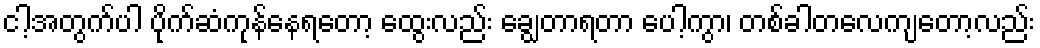
ငါ့အတွက်ပါ ပိုက်ဆံကုန်နေရတော့ ထွေးလည်း ချွေတာရတာ ပေါ့ကွာ၊ တစ်ခါတလေကျတော့လည်း